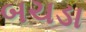
બચડા